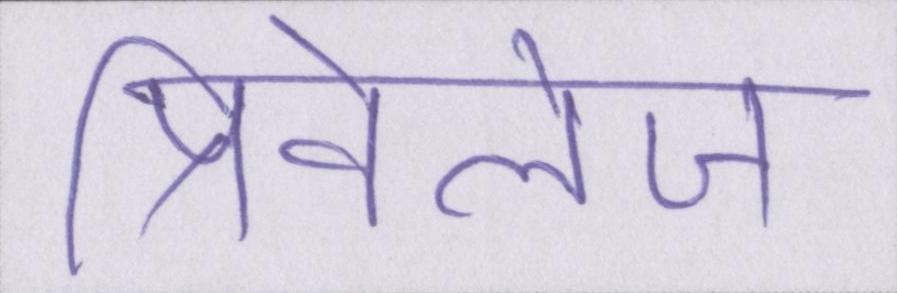
प्रिविलेज